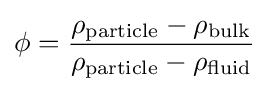
\phi ={\frac {\rho _{\text{particle}}-\rho _{\text{bulk}}}{\rho _{\text{particle}}-\rho _{\text{fluid}}}}